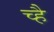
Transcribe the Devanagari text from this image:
च्है